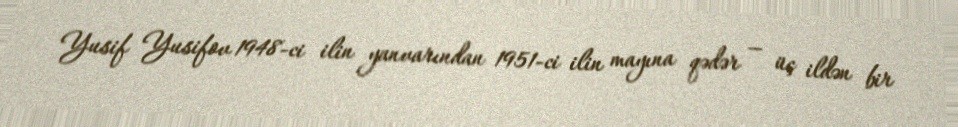
Yusif Yusifov 1948-ci ilin yanvarından 1951-ci ilin mayına qədər — üç ildən bir